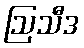
ဩသီဒ